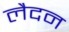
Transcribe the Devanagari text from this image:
लैदन